Report on vaccination in Madras 1904-1921 - 1904-1921
Year: 1904
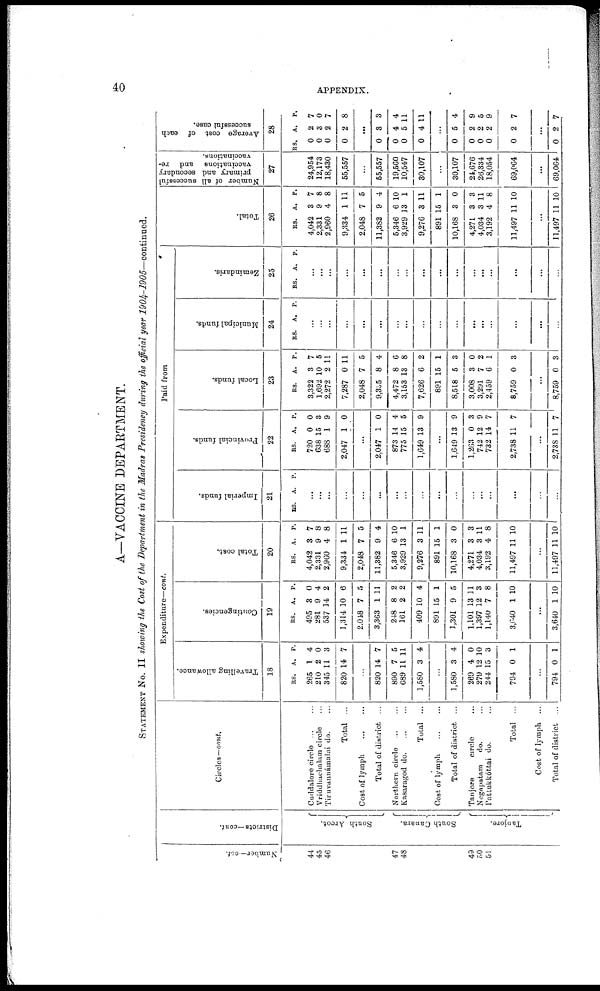
40
APPENDIX.
A—VACCINE DEPARTMENT.
STATEMENT No. II showing the Cost of the Department in the Madras Presidency during the official year 1904-1905—continued.
Number—oct.
44
45
46
47
48
49
50
51
Districts— cont.
South Arcot.
South Canara.
Tanjore.
Circles—cont.
Curldalore circle... ...
Vriddhachalam circle...
Tiruvannámalai do. ...
Total ...
Cost of
lymph...
...
Total of district ...
Northern
circle...
...
Kasaragod d
o
. ... ...
Total ...
Cost of
lymph...
...
Total of district ...
Tanjore
circle...
Negapatam
do. ...
Pattukkóttai do. ...
Total ...
Cost of lymph ...
Total of district ...
Expenditure—cont.
Travelling allowance.
l8
RS.
265
210
345
820
A.
1
2
11
14
P.
4
0
3
7
...
820
890
689
1,580
14
7
11
3
7
5
11
4
...
1,580
269
279
244
794
3
4
12
15
0
4
0
10
3
1
...
794 0 1
Contingencies.
19
RS.
495
281
537
1,314
2,048
3,363
248
161
409
891
1,301
1,101
1,397
1,140
3,040
A.
3
9
14
10
7
1
8
2
10
15
9
13
12
7
1
P.
0
4
2
6
5
11
2
2
4
1
5
11
3
8
10
...
3,640 1 10
Total cost.
20
RS.
4,042
2,331
2,960
9,334
2,048
11,382
5,346
3,929
9,276
891
10,168
4,271
4,034
3,192
11,497
A.
3
9
4
1
7
9
6
13
3
15
3
3
3
4
11
P.
7
8
8
11
5
4
10
1
11
1
0
3
11
8
10
...
11,497 11 10
Paid from
Imperial funds.
21
RS. A. P.
...
...
...
...
...
...
...
...
...
...
...
...
...
...
...
...
...
Provincial funds.
22
RS.
720
638
688
2,047
A.
0
15
1
1
P.
0
3
9
0
...
2,047
873
775
1,649
1
14
15
13
0
4
5
9
...
1,649
1,263
742
732
2,738
13
0
12
14
11
9
3
9
7
7
...
2,738 11 7
Local funds.
23
RS.
3,322
1,692
2,272
7,287
2,048
9,335
4,472
3,153
7,626
891
8,518
3,008
3,291
2,459
8,759
A.
3
10
2
0 1
7
8
8
13
6
15
5
3
7
6
0
P.
7
5
11
1
5
4
6
8
2
1
3
0
2
1
3
...
8,759 0 3
Municipal funds.
24
RS. A. P.
...
...
...
...
...
...
...
...
...
...
...
...
...
...
...
...
...
Zemindaris.
25
RS. A. P.
...
...
...
...
...
...
...
...
...
...
...
...
...
...
...
...
...
Total.
26
RS.
4,042
2,331
2,960
9,334
2,048
11,382
5,346
3,929
9,276
891
10,168
4,271
4,034
3,192
11,497
A.
3
9
4
1
7
9
6
13
3
15
3
3
3
4
11
P.
7
8
8
11
5
4
10
1
11
1
0
3
11
8
10
...
11,497 11 10
Number of all successful
primary and secondary
vaccinations and re-
vaccinations.
27
24,954
12,173
18,430
55,557
...
55,557
19,560
10,547
30,107
...
30,107
24,676
26,334
18,054
69,064
...
69,064
Average cost of each
successful case.
28
RS.
0
0
0
0
...
0
0
0
0
A.
2
3
2
2
...
3
4
5
4
P.
7
0
7
8
...
3
4
11
11
...
0
0
0
0
0
...
0
5
2
2
2
2
...
2
4
9
5
9
7
...
7